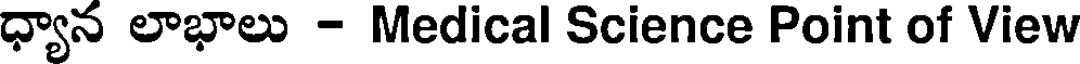
ధ్యాన లాభాలు - Medical Science Point of View